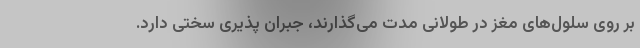
بر روی سلول‌های مغز در طولانی مدت می‌گذارند، جبران پذیری سختی دارد.